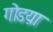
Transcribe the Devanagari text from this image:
गोडय़ा